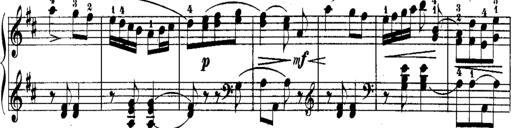
Title: Rondos and Sonatinas for Pianoforte
Composer: Daniel Steibelt